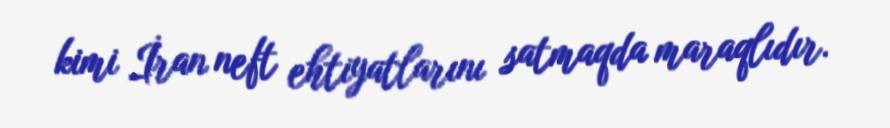
kimi İran neft ehtiyatlarını satmaqda maraqlıdır.